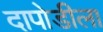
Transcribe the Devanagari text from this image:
दापोडीला